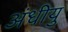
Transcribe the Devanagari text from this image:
अंधीयु